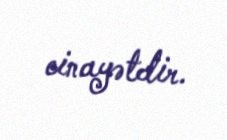
cinayətdir.